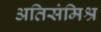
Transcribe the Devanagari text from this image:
अतिसंमिश्र